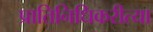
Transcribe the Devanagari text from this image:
प्रातिनिधिकरीत्या